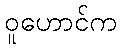
ဝူဟောင်က